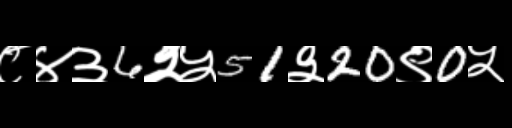
Text: ८४३6२५51३20९0५